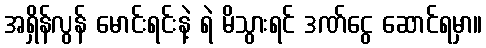
အရှိန်လွန် မောင်းရင်းနဲ့ ရဲ မိသွားရင် ဒဏ်ငွေ ဆောင်ရမှာ။